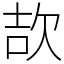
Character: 欯